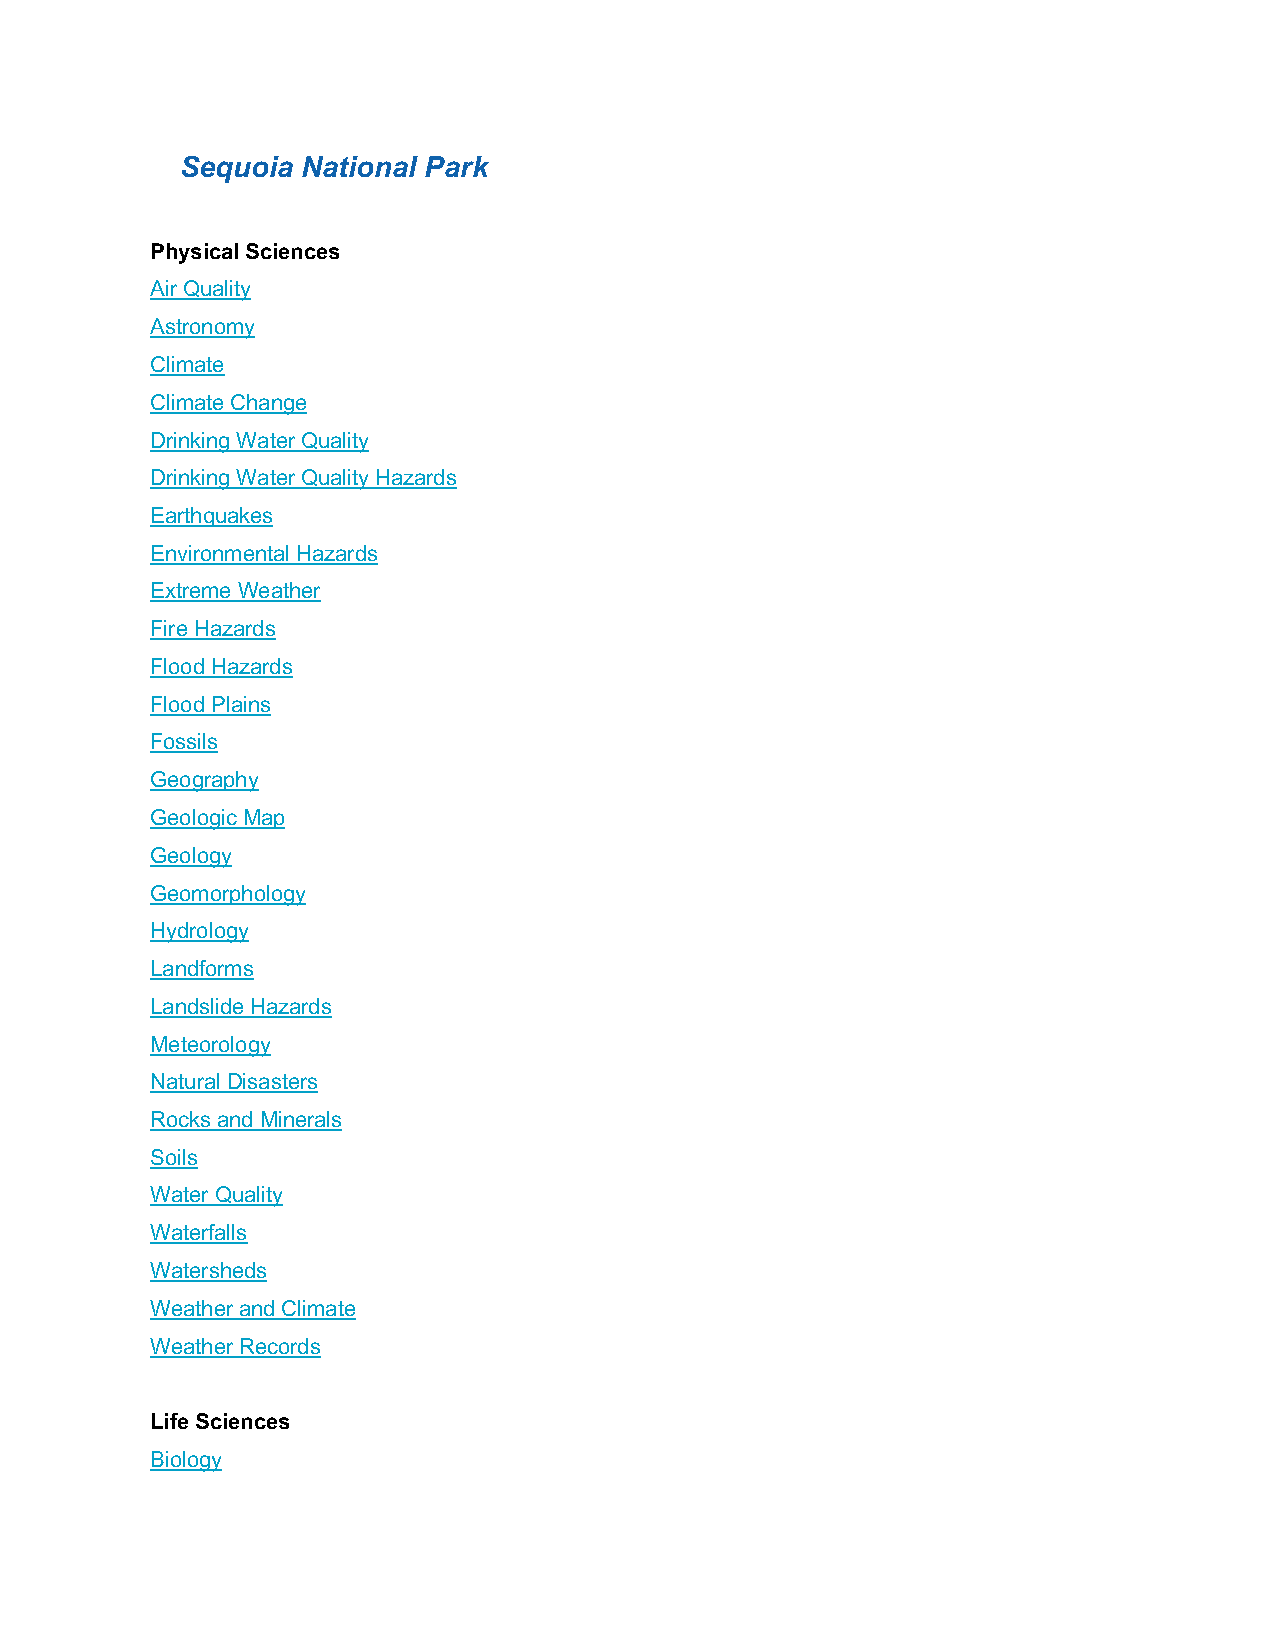
Sequoia National Park
 Physical Sciences
 Air Quality
 Astronomy
 Climate
 Climate Change
 Drinking Water Quality
 Drinking Water Quality Hazards
 Earthquakes
 Environmental Hazards
 Extreme Weather
 Fire Hazards
 Flood Hazards
 Flood Plains
 Fossils
 Geography
 Geologic Map
 Geology
 Geomorphology
 Hydrology
 Landforms
 Landslide Hazards
 Meteorology
 Natural Disasters
 Rocks and Minerals
 Soils
 Water Quality
 Waterfalls
 Watersheds
 Weather and Climate
 Weather Records
 Life Sciences
 Biology